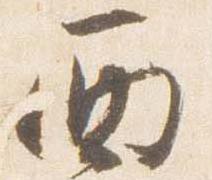
西